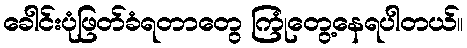
ခေါင်းပုံဖြတ်ခံရတာတွေ ကြုံတွေ့နေရပါတယ်။